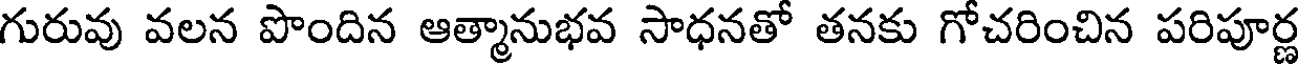
గురువు వలన పొందిన ఆత్మానుభవ సాధనతో తనకు గోచరించిన పరిపూర్ణ